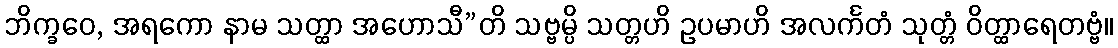
ဘိက္ခဝေ, အရကော နာမ သတ္ထာ အဟောသီ”တိ သဗ္ဗမ္ပိ သတ္တဟိ ဥပမာဟိ အလင်္ကတံ သုတ္တံ ဝိတ္ထာရေတဗ္ဗံ။